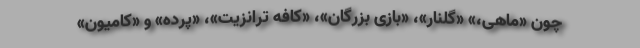
چون «ماهی،» «گلنار»، «بازی بزرگان»، «کافه ترانزیت»، «پرده» و «کامیون»